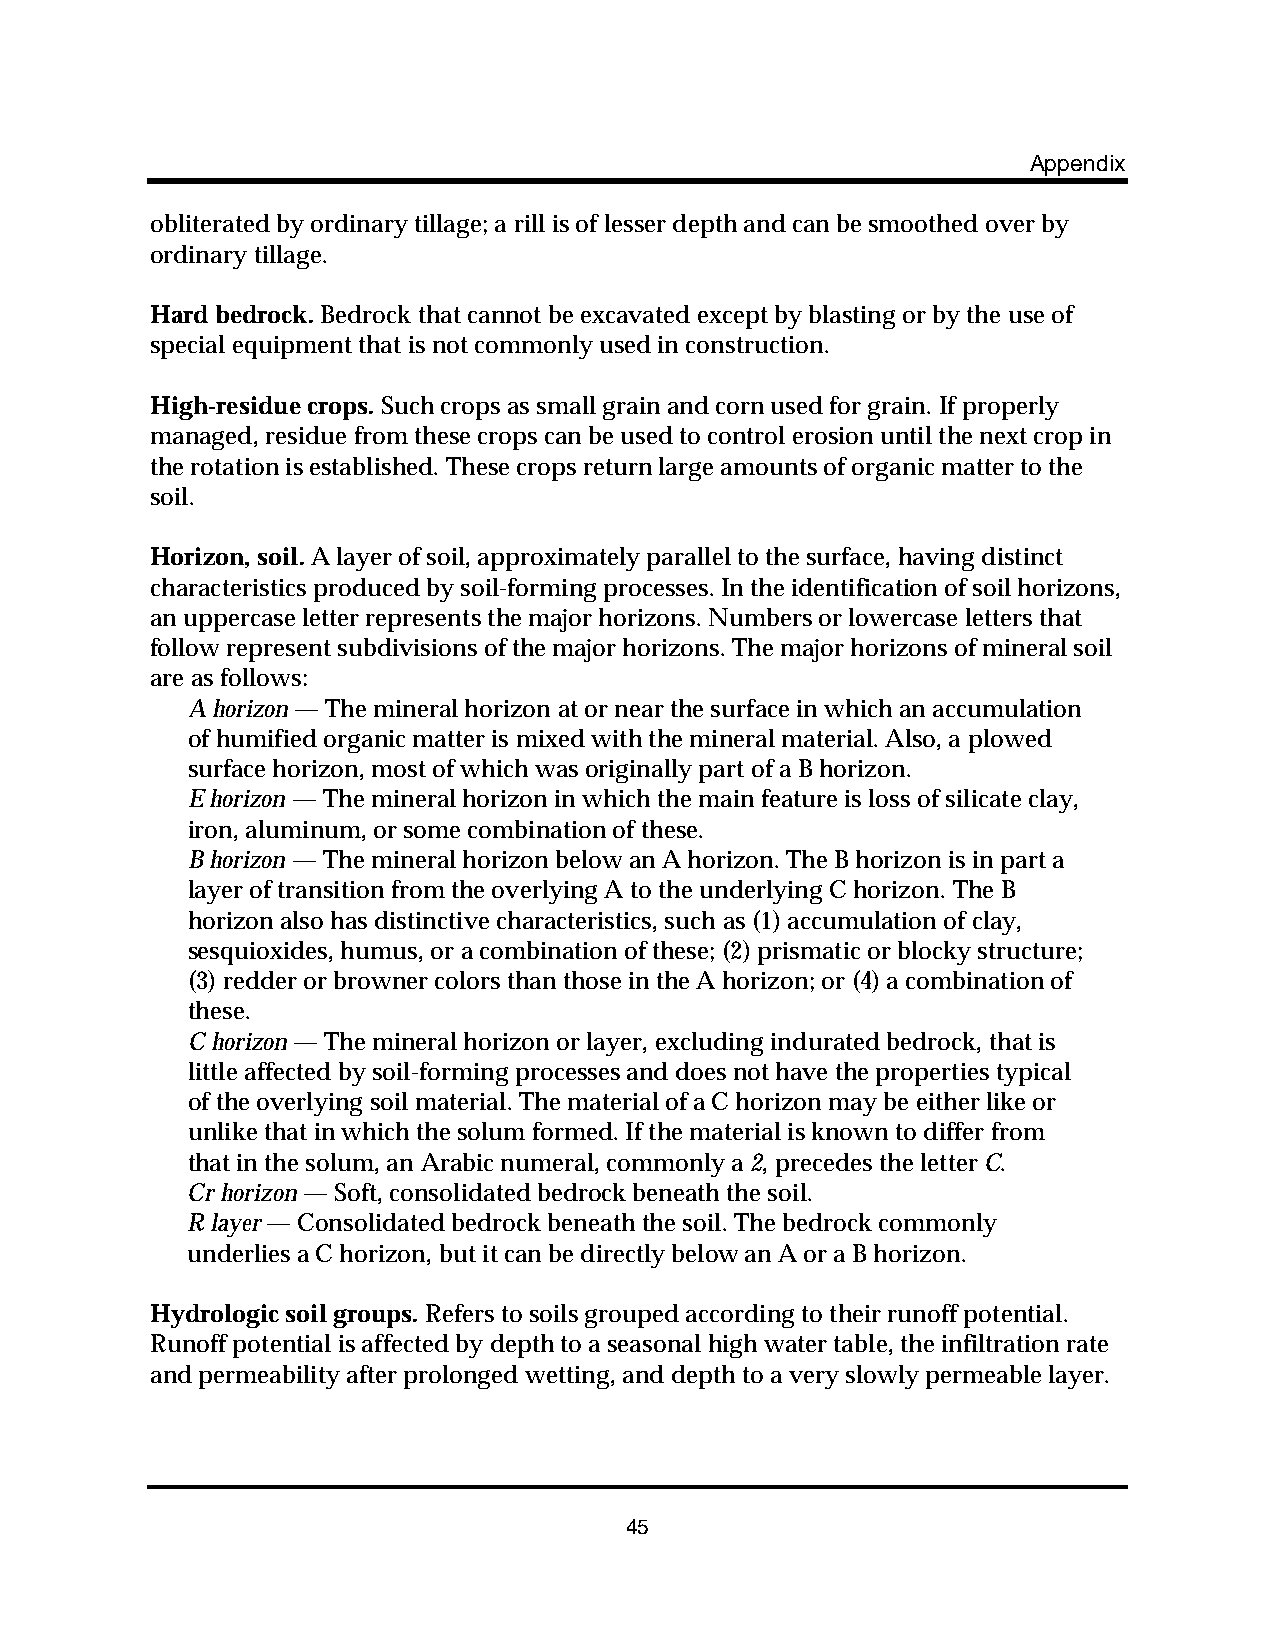
Appendix
 obliterated by ordinary tillage; a rill is of lesser depth and can be smoothed over by
 ordinary tillage.
 Hard bedrock. Bedrock that cannot be excavated except by blasting or by the use of
 special equipment that is not commonly used in construction.
 High-residue crops. Such crops as small grain and corn used for grain. If properly
 managed, residue from these crops can be used to control erosion until the next crop in
 the rotation is established. These crops return large amounts of organic matter to the
 soil.
 Horizon, soil. A layer of soil, approximately parallel to the surface, having distinct
 characteristics produced by soil-forming processes. In the identification of soil horizons,
 an uppercase letter represents the major horizons. Numbers or lowercase letters that
 follow represent subdivisions of the major horizons. The major horizons of mineral soil
 are as follows:
 A horizon — The mineral horizon at or near the surface in which an accumulation
 of humified organic matter is mixed with the mineral material. Also, a plowed
 surface horizon, most of which was originally part of a B horizon.
 E horizon — The mineral horizon in which the main feature is loss of silicate clay,
 iron, aluminum, or some combination of these.
 B horizon — The mineral horizon below an A horizon. The B horizon is in part a
 layer of transition from the overlying A to the underlying C horizon. The B
 horizon also has distinctive characteristics, such as (1) accumulation of clay,
 sesquioxides, humus, or a combination of these; (2) prismatic or blocky structure;
 (3) redder or browner colors than those in the A horizon; or (4) a combination of
 these.
 C horizon — The mineral horizon or layer, excluding indurated bedrock, that is
 little affected by soil-forming processes and does not have the properties typical
 of the overlying soil material. The material of a C horizon may be either like or
 unlike that in which the solum formed. If the material is known to differ from
 that in the solum, an Arabic numeral, commonly a 2, precedes the letter C.
 Cr horizon — Soft, consolidated bedrock beneath the soil.
 R layer — Consolidated bedrock beneath the soil. The bedrock commonly
 underlies a C horizon, but it can be directly below an A or a B horizon.
 Hydrologic soil groups. Refers to soils grouped according to their runoff potential.
 Runoff potential is affected by depth to a seasonal high water table, the infiltration rate
 and permeability after prolonged wetting, and depth to a very slowly permeable layer.
 45